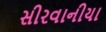
સીરવાનીયા